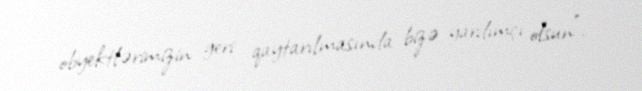
obyektlərimizin geri qaytarılmasında bizə yardımçı olsun".